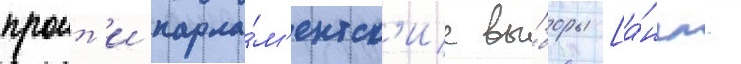
проит'и парла́м'ентск'ие вы́боры [а́нгл.